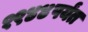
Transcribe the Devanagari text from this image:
१९४४पर्यंत